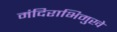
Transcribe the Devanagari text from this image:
मंदिराभिमुखे